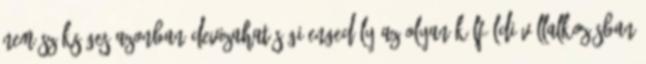
Nem szükséges azonban devizahatósági engedély az olyan külföldi vállalkozásban